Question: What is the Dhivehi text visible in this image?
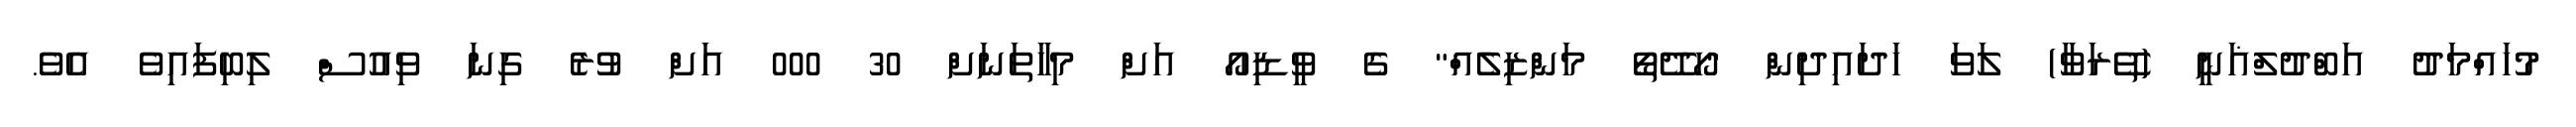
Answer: މުހައްމަދު އަބްދުލްޣަނީ (ތޭރަވާ) ލަވަ ހަދައިދިން "ހޯދޭތޯ މަންޒިލެއް" ގެ ވީޑިއޯ އަށް މިހާތަނަށް 30 000 އަށް ވުރެ ގިނަ ވިއުސް ލިބިފައިވެ އެވެ.